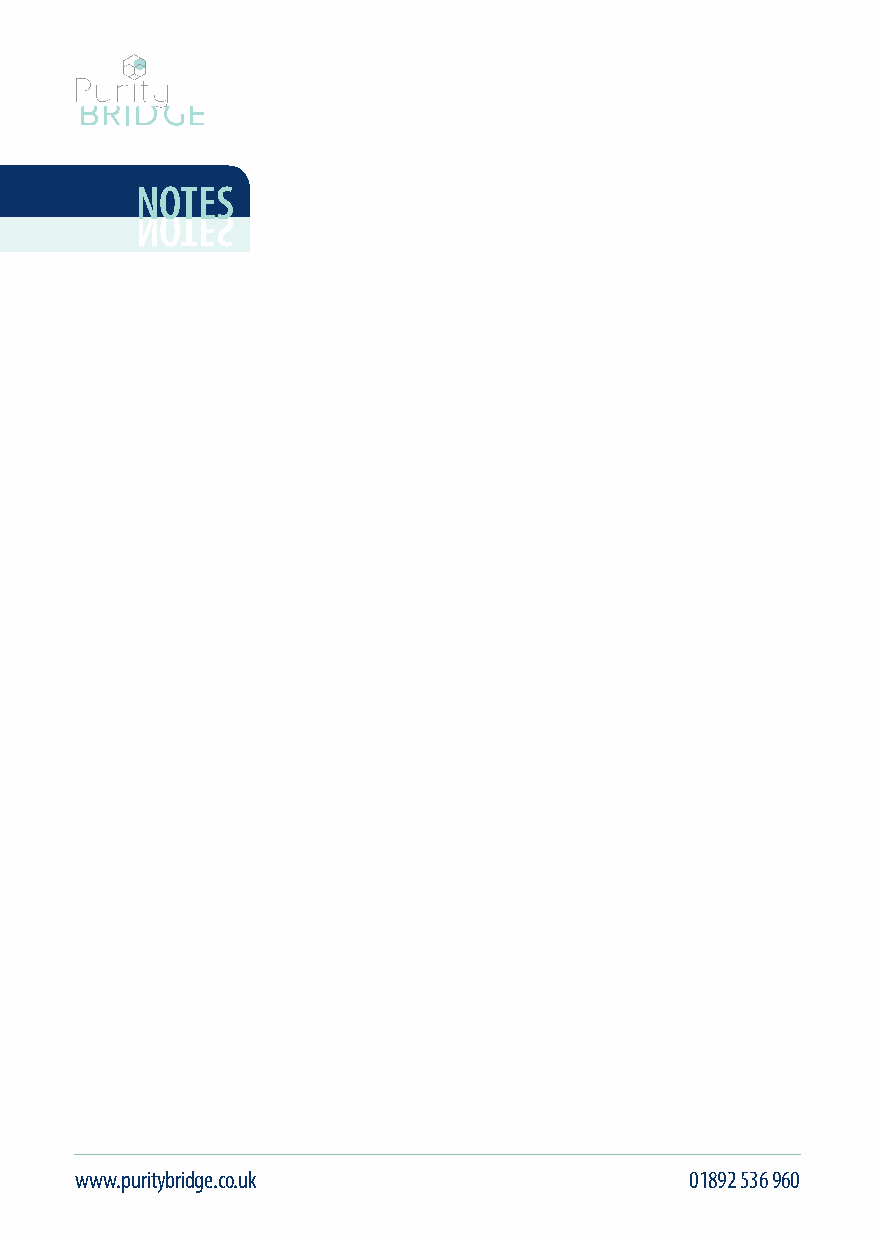
notes
 www.puritybridge.co.uk                   01892 536 960                                        info@puritybridge.co.uk
 N O T E S